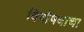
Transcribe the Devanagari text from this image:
विषौषधाचा